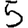
Digit: 5